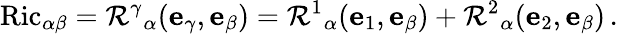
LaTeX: \operatorname{Ric}_{\alpha\beta}=\mathcal{R}^{\gamma}{}_{\alpha}(\mathbf{e}_{\gamma},\mathbf{e}_{\beta})=\mathcal{R}^{1}{}_{\alpha}(\mathbf{e}_{1},\mathbf{e}_{\beta})+\mathcal{R}^{2}{}_{\alpha}(\mathbf{e}_{2},\mathbf{e}_{\beta})\, .